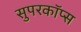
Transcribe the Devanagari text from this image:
सुपरकॉप्स